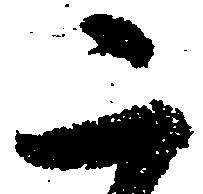
二